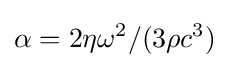
\alpha =2\eta \omega ^{2}/(3\rho c^{3})